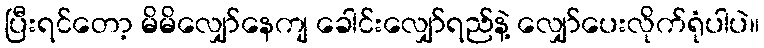
ပြီးရင်တော့ မိမိလျှော်နေကျ ခေါင်းလျှော်ရည်နဲ့ လျှော်ပေးလိုက်ရုံပါပဲ။